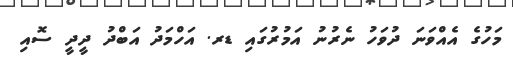
މަހުގެ އެއްވަނަ ދުވަހު ނެރުނު އަމުރުގައި ޑރ. އަހްމަދު އަބްދު ދީދީ ސޮއި